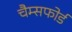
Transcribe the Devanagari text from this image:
चैम्सफोर्ड